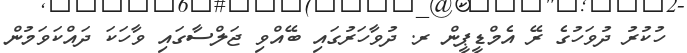
ހުކުރު ދުވަހުގެ ރޭ އެމްޑީޕީން ރ. ދުވާހަރުގައި ބޭއްވި ޖަލްސާގައި ވާހަކަ ދައްކަވަމުން